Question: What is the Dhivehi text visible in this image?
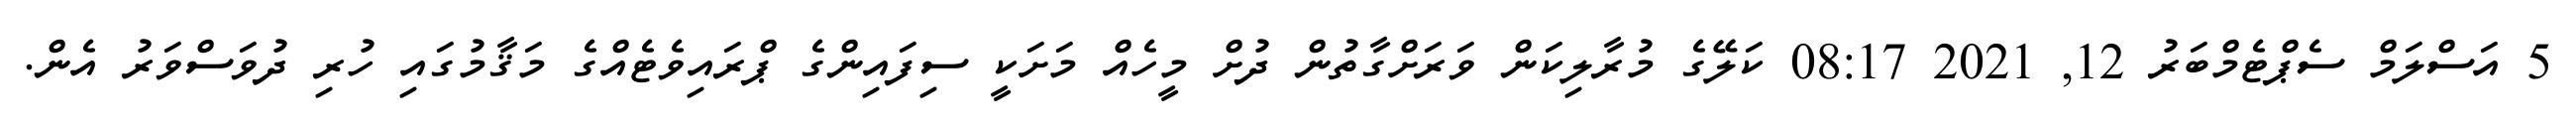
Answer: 5 އަސްލަމް ސެޕްޓެމްބަރު 12, 2021 08:17 ކަލޭގެ މުރާލިކަން ވަރަށްގާތުން ދުށް މީހެއް މަށަކީ ސިފައިންގެ ޕްރައިވެޓެއްގެ މަޤާމުގައި ހުރި ދުވަސްވަރު އެން.